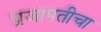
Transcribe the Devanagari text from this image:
प्रजापतीचा